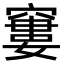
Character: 窶